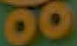
00